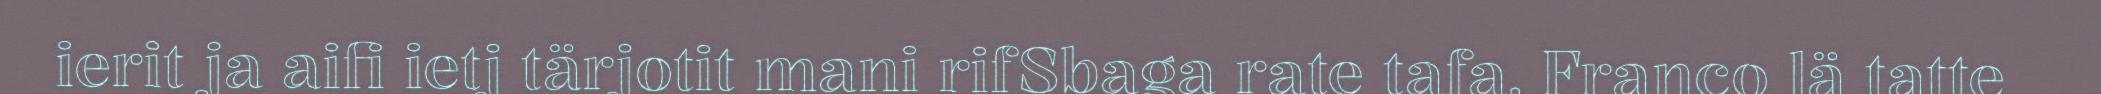
ierit ja aifi ietj tärjotit mani rifSbaga rate tafa. Franco lä tatte